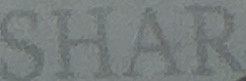
SHAR